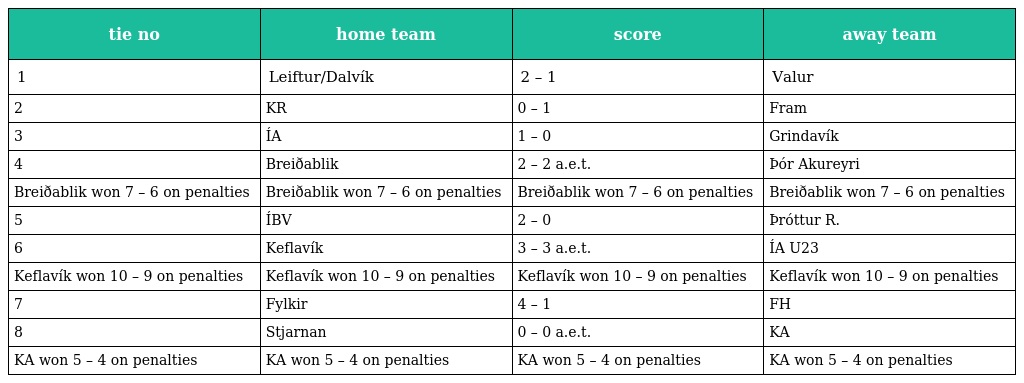
| tie no | home team | score | away team |
 | --- | --- | --- | --- |
 | 1 | Leiftur/Dalvík | 2 – 1 | Valur |
 | 2 | KR | 0 – 1 | Fram |
 | 3 | ÍA | 1 – 0 | Grindavík |
 | 4 | Breiðablik | 2 – 2 a.e.t. | Þór Akureyri |
 | Breiðablik won 7 – 6 on penalties | Breiðablik won 7 – 6 on penalties | Breiðablik won 7 – 6 on penalties | Breiðablik won 7 – 6 on penalties |
 | 5 | ÍBV | 2 – 0 | Þróttur R. |
 | 6 | Keflavík | 3 – 3 a.e.t. | ÍA U23 |
 | Keflavík won 10 – 9 on penalties | Keflavík won 10 – 9 on penalties | Keflavík won 10 – 9 on penalties | Keflavík won 10 – 9 on penalties |
 | 7 | Fylkir | 4 – 1 | FH |
 | 8 | Stjarnan | 0 – 0 a.e.t. | KA |
 | KA won 5 – 4 on penalties | KA won 5 – 4 on penalties | KA won 5 – 4 on penalties | KA won 5 – 4 on penalties |